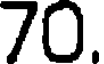
70.